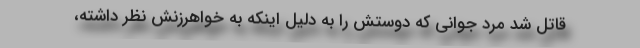
قاتل شد مرد جوانی که دوستش را به دلیل اینکه به خواهرزنش نظر داشته،